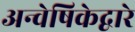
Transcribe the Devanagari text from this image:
अन्वेषिकेद्वारे